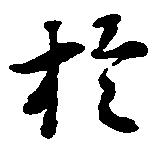
於